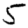
Digit: 5